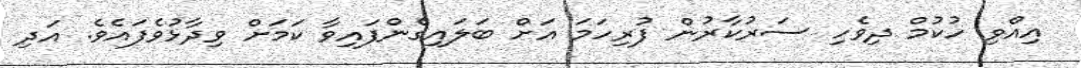
އިއްވި ހުކުމް ދިވެހި ސަރުކާރުން ފުރިހަމަ އަށް ބަލައިގެންފައިވާ ކަމަށް ވިދާޅުވެފައެވެ. އަދި